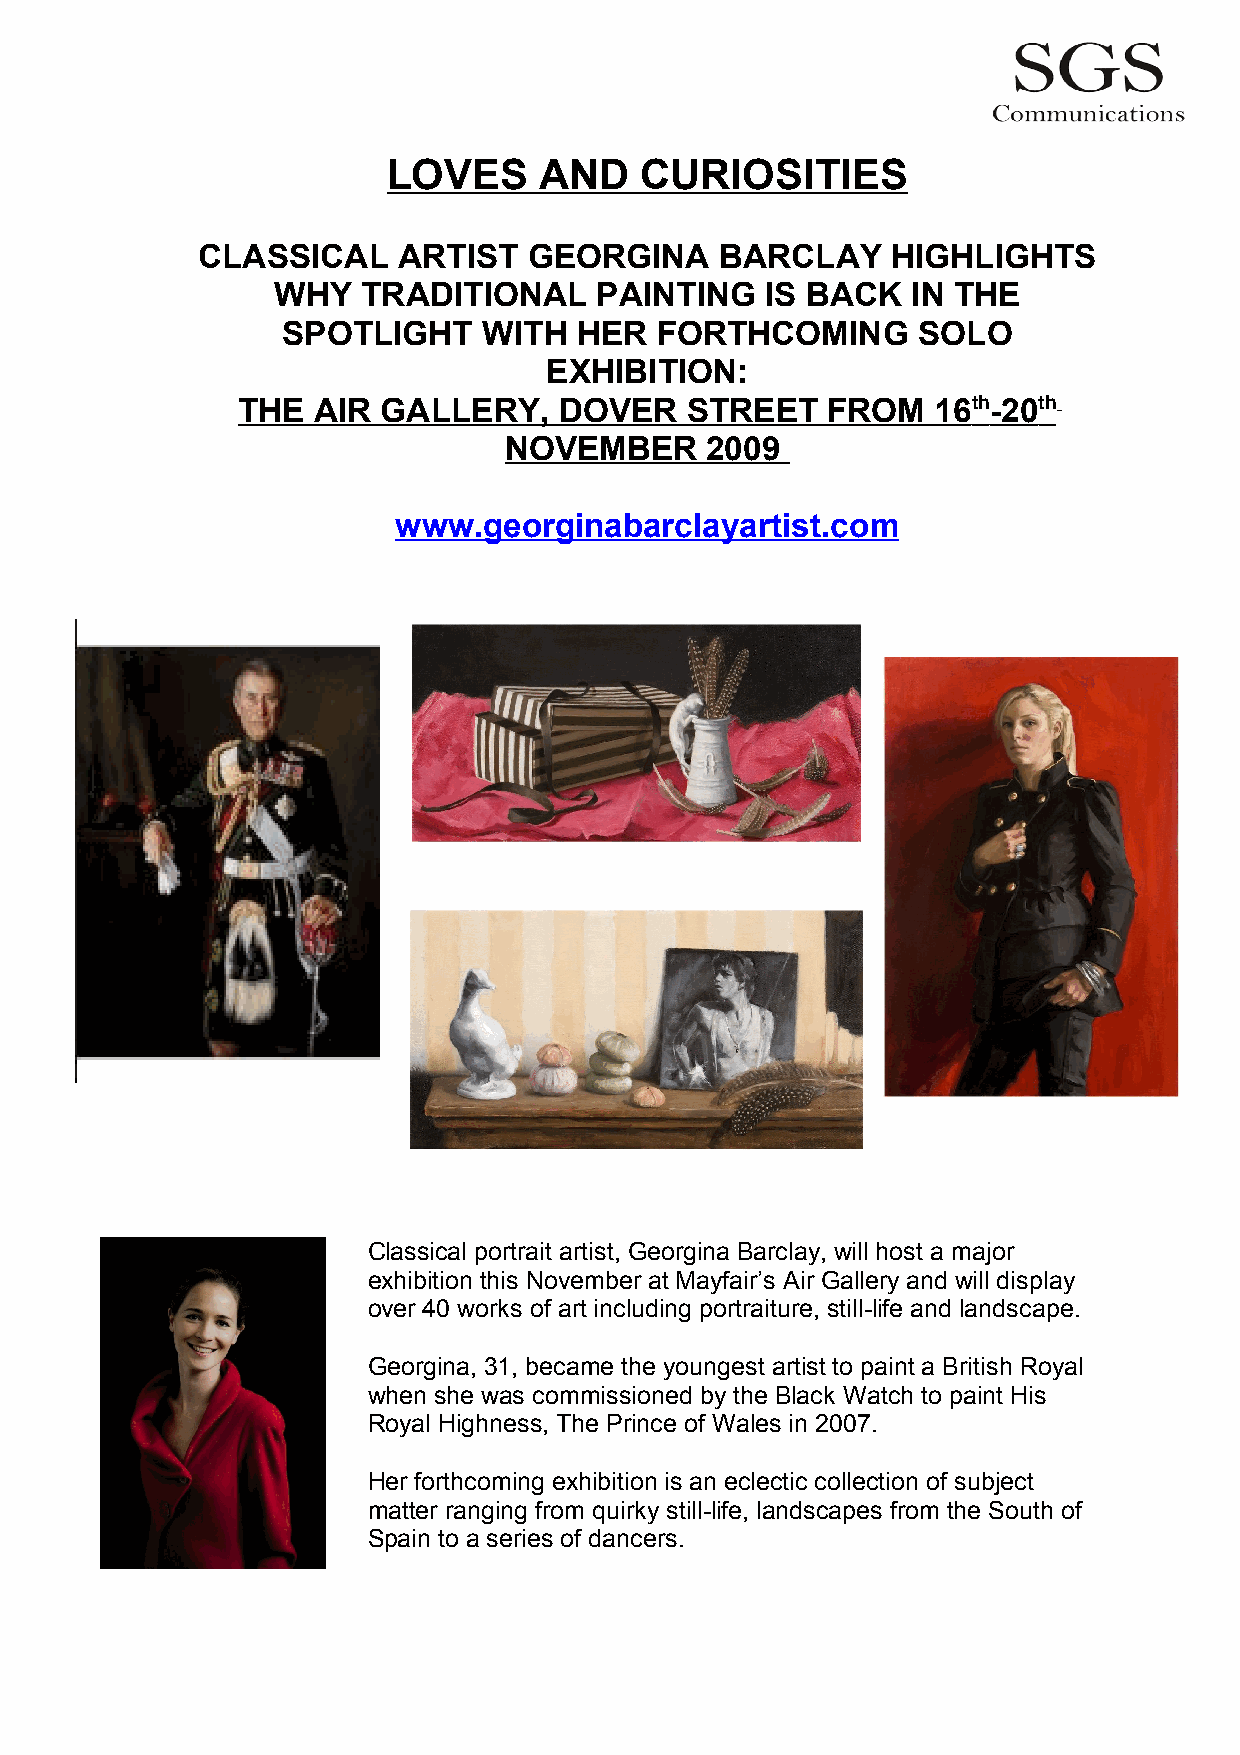
LOVES     AND   CURIOSITIES
 CLASSICAL    ARTIST   GEORGINA     BARCLAY    HIGHLIGHTS
 WHY   TRADITIONAL    PAINTING    IS BACK  IN THE
 SPOTLIGHT    WITH  HER  FORTHCOMING       SOLO
 EXHIBITION:
 THE  AIR GALLERY,    DOVER   STREET    FROM   16 th -20 th
 NOVEMBER      2009
 www.georginabarclayartist.com
 Classical portrait artist, Georgina Barclay, will host a major
 exhibition this November at Mayfair’s Air Gallery and will display
 over 40 works of art including portraiture, still-life and landscape.
 Georgina, 31, became the youngest artist to paint a British Royal
 when she was commissioned by the Black Watch to paint His
 Royal Highness, The Prince of Wales in 2007.
 Her forthcoming exhibition is an eclectic collection of subject
 matter ranging from quirky still-life, landscapes from the South of
 Spain to a series of dancers.